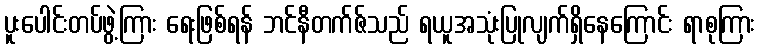
ပူးပေါင်းတပ်ဖွဲ့ကြား ရေးဖြစ်ရန် ဘင်နီတက်ဇ်သည် ရယူအသုံးပြုလျက်ရှိနေကြောင်း ရာစုကြား